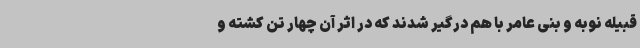
قبیله نوبه و بنی عامر با هم درگیر شدند که در اثر آن چهار تن کشته و